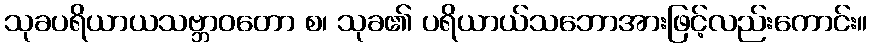
သုခပရိယာယသဗ္ဘာဝတော စ၊ သုခ၏ ပရိယာယ်သဘောအားဖြင့်လည်းကောင်း။